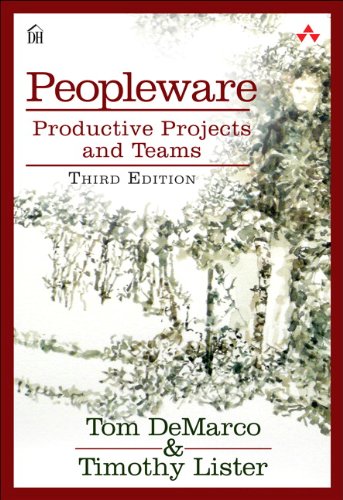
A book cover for Peopleware: Productive Projects and Teams (3rd Edition); Tom DeMarco; Computers & Technology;